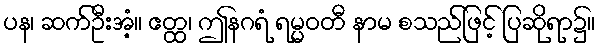
ပန၊ ဆက်ဦးအံ့။ ဧတ္ထ၊ ဤနဂရံ ရမ္မဝတီ နာမ စသည်ဖြင့် ပြဆိုရာ၌။